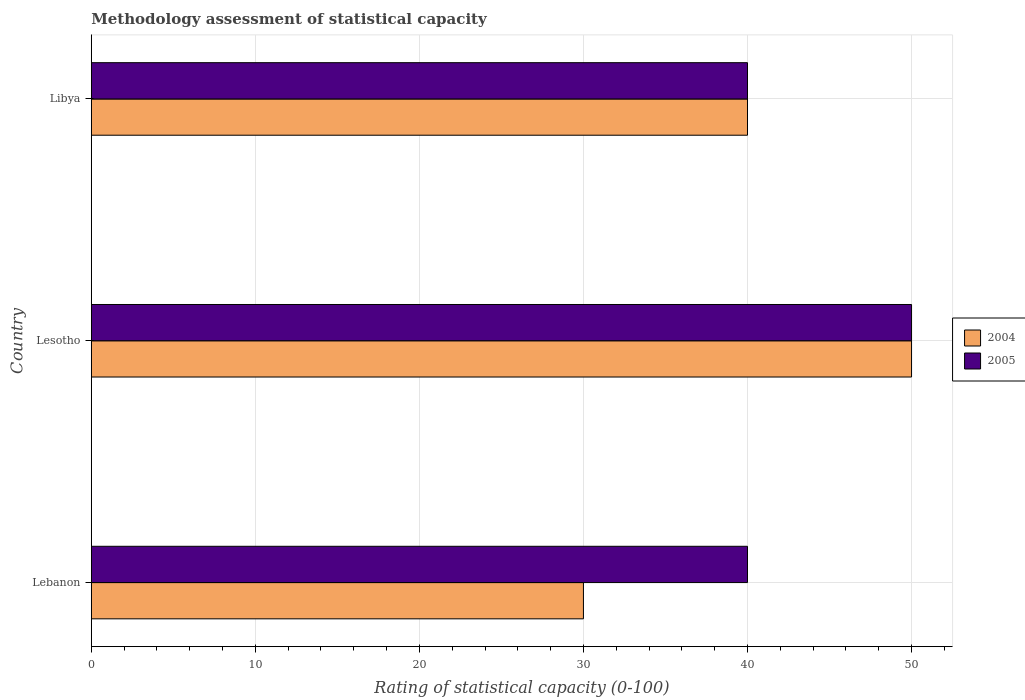
| Country | 2004 | 2005 |
 | --- | --- | --- |
 | Lebanon | 30 | 40 |
 | Lesotho | 50 | 50 |
 | Libya | 40 | 40 |